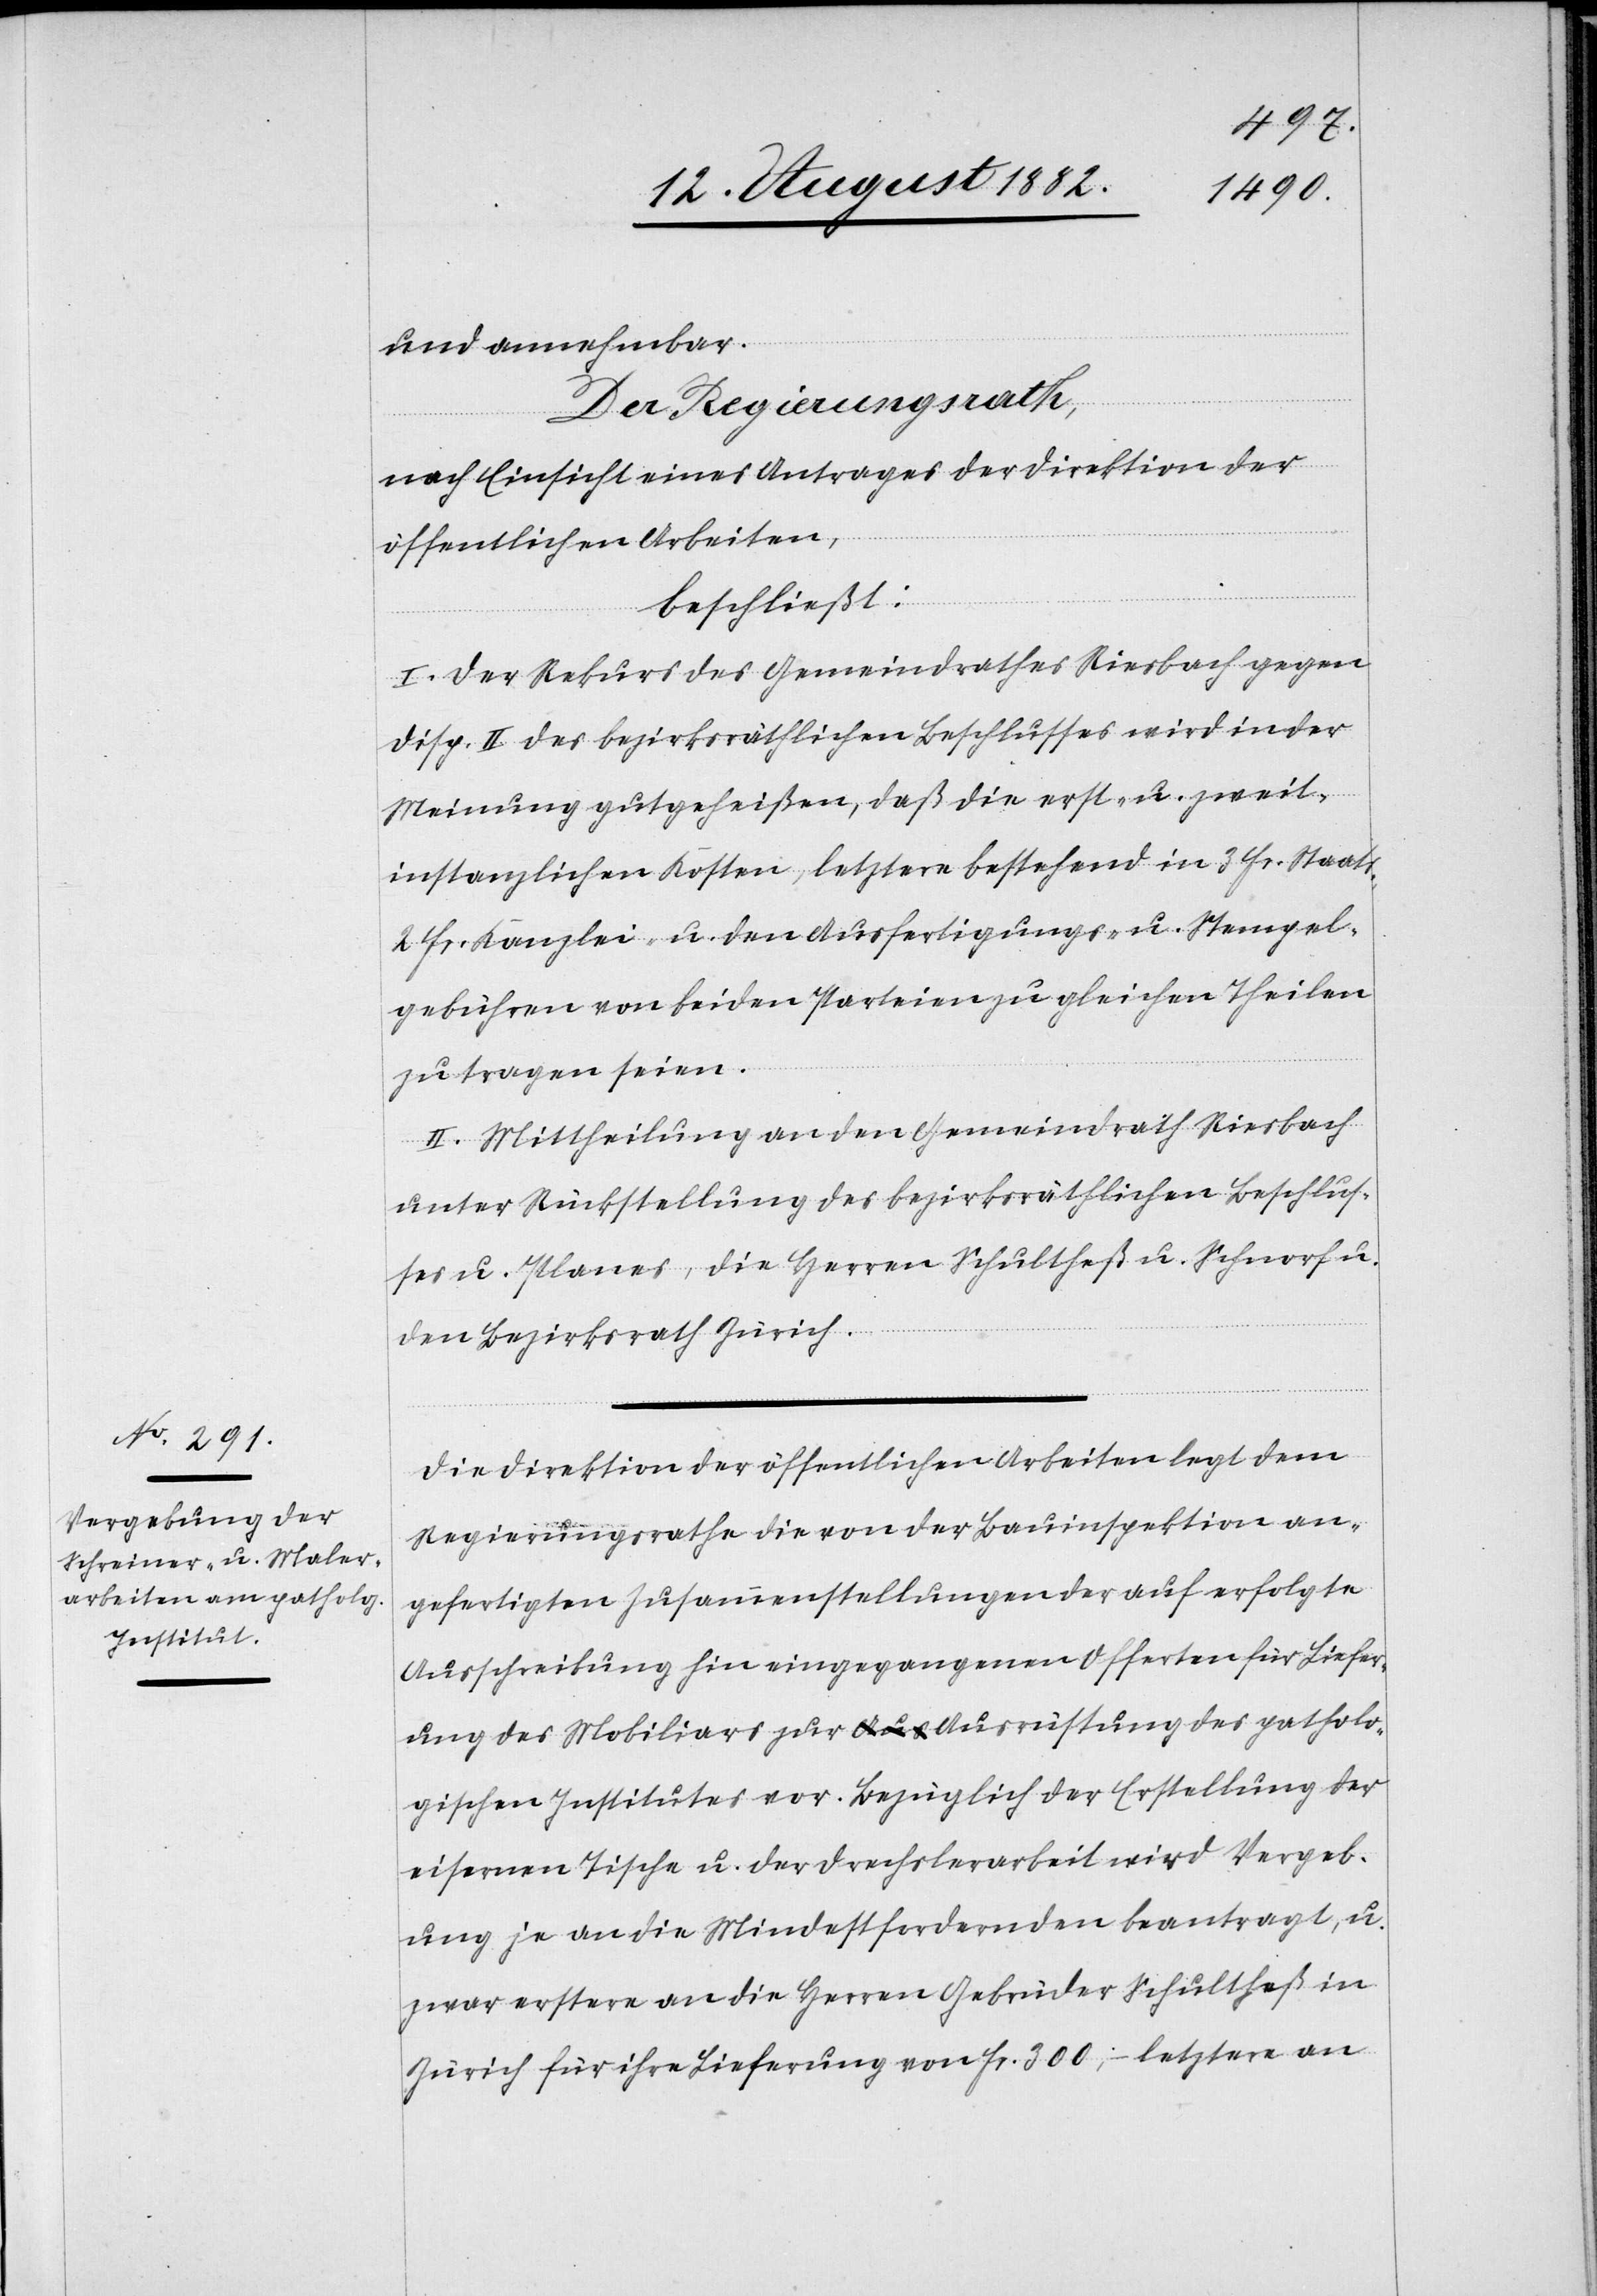
und annehmbar.
Der Regierungsrath;
nach Einsicht eines Antrages der Direktion der
öffentlichen Arbeiten,
beschließt:
I. Der Rekurs des Gemeindrathes Riesbach gegen
Disp. II des bezirksräthlichen Beschlusses wird in der
Meinung gutgeheißen, daß die erst- u. zweit¬
instanzlichen Kosten, letztere bestehend in 3 Fr. Staats-,
2 Fr. Kanzlei- u. den Ausfertigungs- u. Stempel¬
gebühren von beiden Parteien zu gleichen Theilen
zu tragen seien.
II. Mittheilung an den Gemeindrath Riesbach
unter Rückstellung des bezirksräthlichen Beschlus¬
ses u. Planes, die Herren Schultheß u. Schnorf u.
den Bezirksrath Zürich.
Die Direktion der öffentlichen Arbeiten legt dem
Regierungsrathe die von der Bauinspektion an¬
gefertigten Zusammenstellungen der auf erfolgte
Ausschreibung hin eingegangenen Offerten für Liefer¬
ung des Mobiliars zur Ausrüstung des patholo¬
gischen Institutes vor. Bezüglich der Erstellung der
eisernen Tische u. der Drechslerarbeit wird Vergeb¬
ung je an die Mindestfordernden beantragt, u.
zwar erstere an die Herren Gebrüder Schultheß in
Zürich für ihre Lieferung von Fr. 300.– letztere an